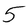
Character: 5